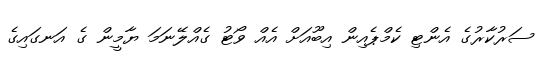
ސަރުކާރުގެ އެންޓި ކެމްޕެއިން އިބޫއަށް އެއް ވޯޓު ގެއްލޭނަަމަ ޔާމީން ގެ އަނގައިގެ